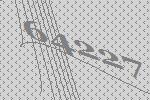
64227